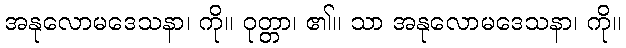
အနုလောမဒေသနာ၊ ကို။ ဝုတ္တာ၊ ၏။ သာ အနုလောမဒေသနာ၊ ကို။